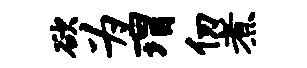
欲为瑁仞煮